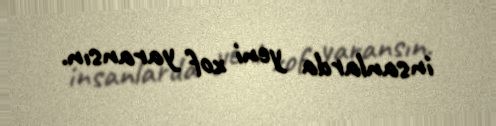
insanlarda yeni xof yaransın.